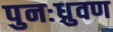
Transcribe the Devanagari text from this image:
पुनःध्रुवण